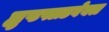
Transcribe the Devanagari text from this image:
ह्युप्टफ्लडवेबल